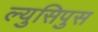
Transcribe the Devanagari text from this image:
ल्युसिपुस